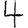
Digit: 4